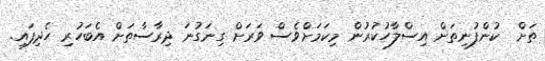
ތަށް  ކުންފުނިތަށް އިސްލާހުކުރުން މިކަމަށްވެސް ވަރަށް ގިނަގުނަ ދިރާސާތަށް އެބަހުރި ހެދިފައި.